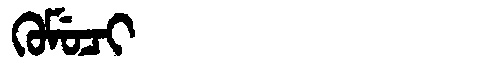
Manchu: ᡴᡠᠮᡠᠴᡳ
Romanization: KUMUCI